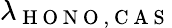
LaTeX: \lambda_{\mathrm{~H~O~N~O~,~C~A~S~}}